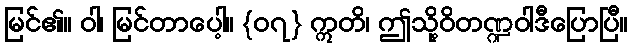
မြင်၏။ ဝါ၊ မြင်တာပေါ့။ {၀၇} ဣတိ၊ ဤသို့ဝိတဏ္ဍဝါဒီပြောပြီ။